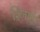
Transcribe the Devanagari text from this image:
श्लिष्टं